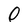
Character: 0